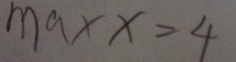
m a x x = 4